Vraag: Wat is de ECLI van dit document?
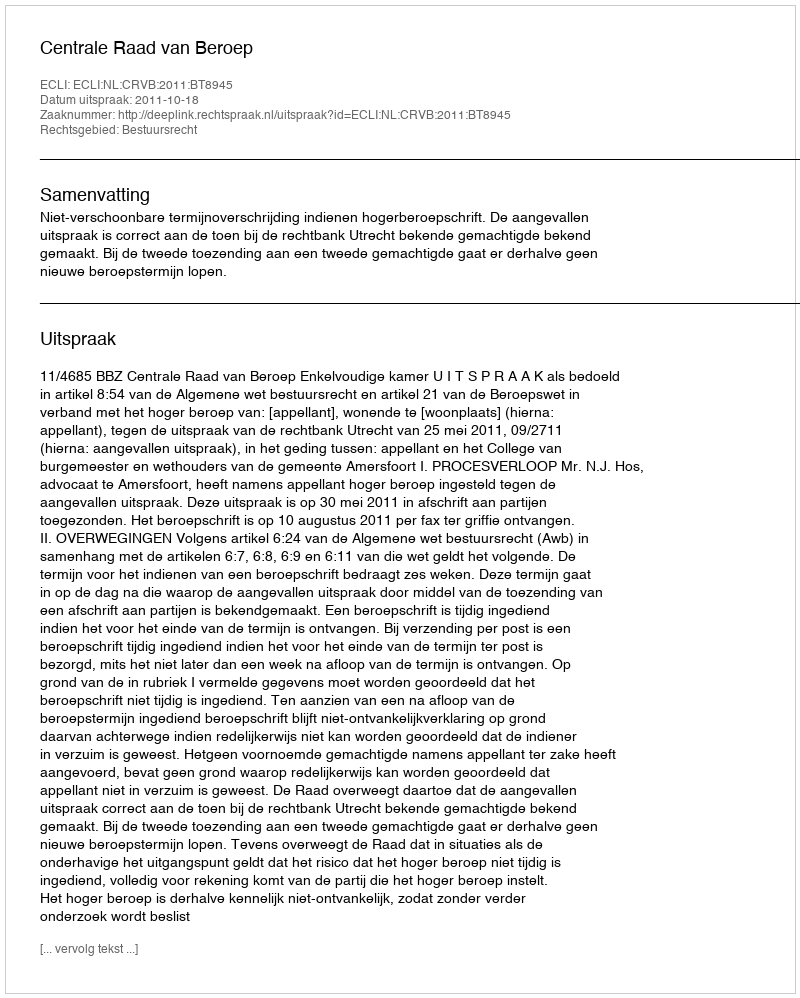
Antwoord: ECLI:NL:CRVB:2011:BT8945